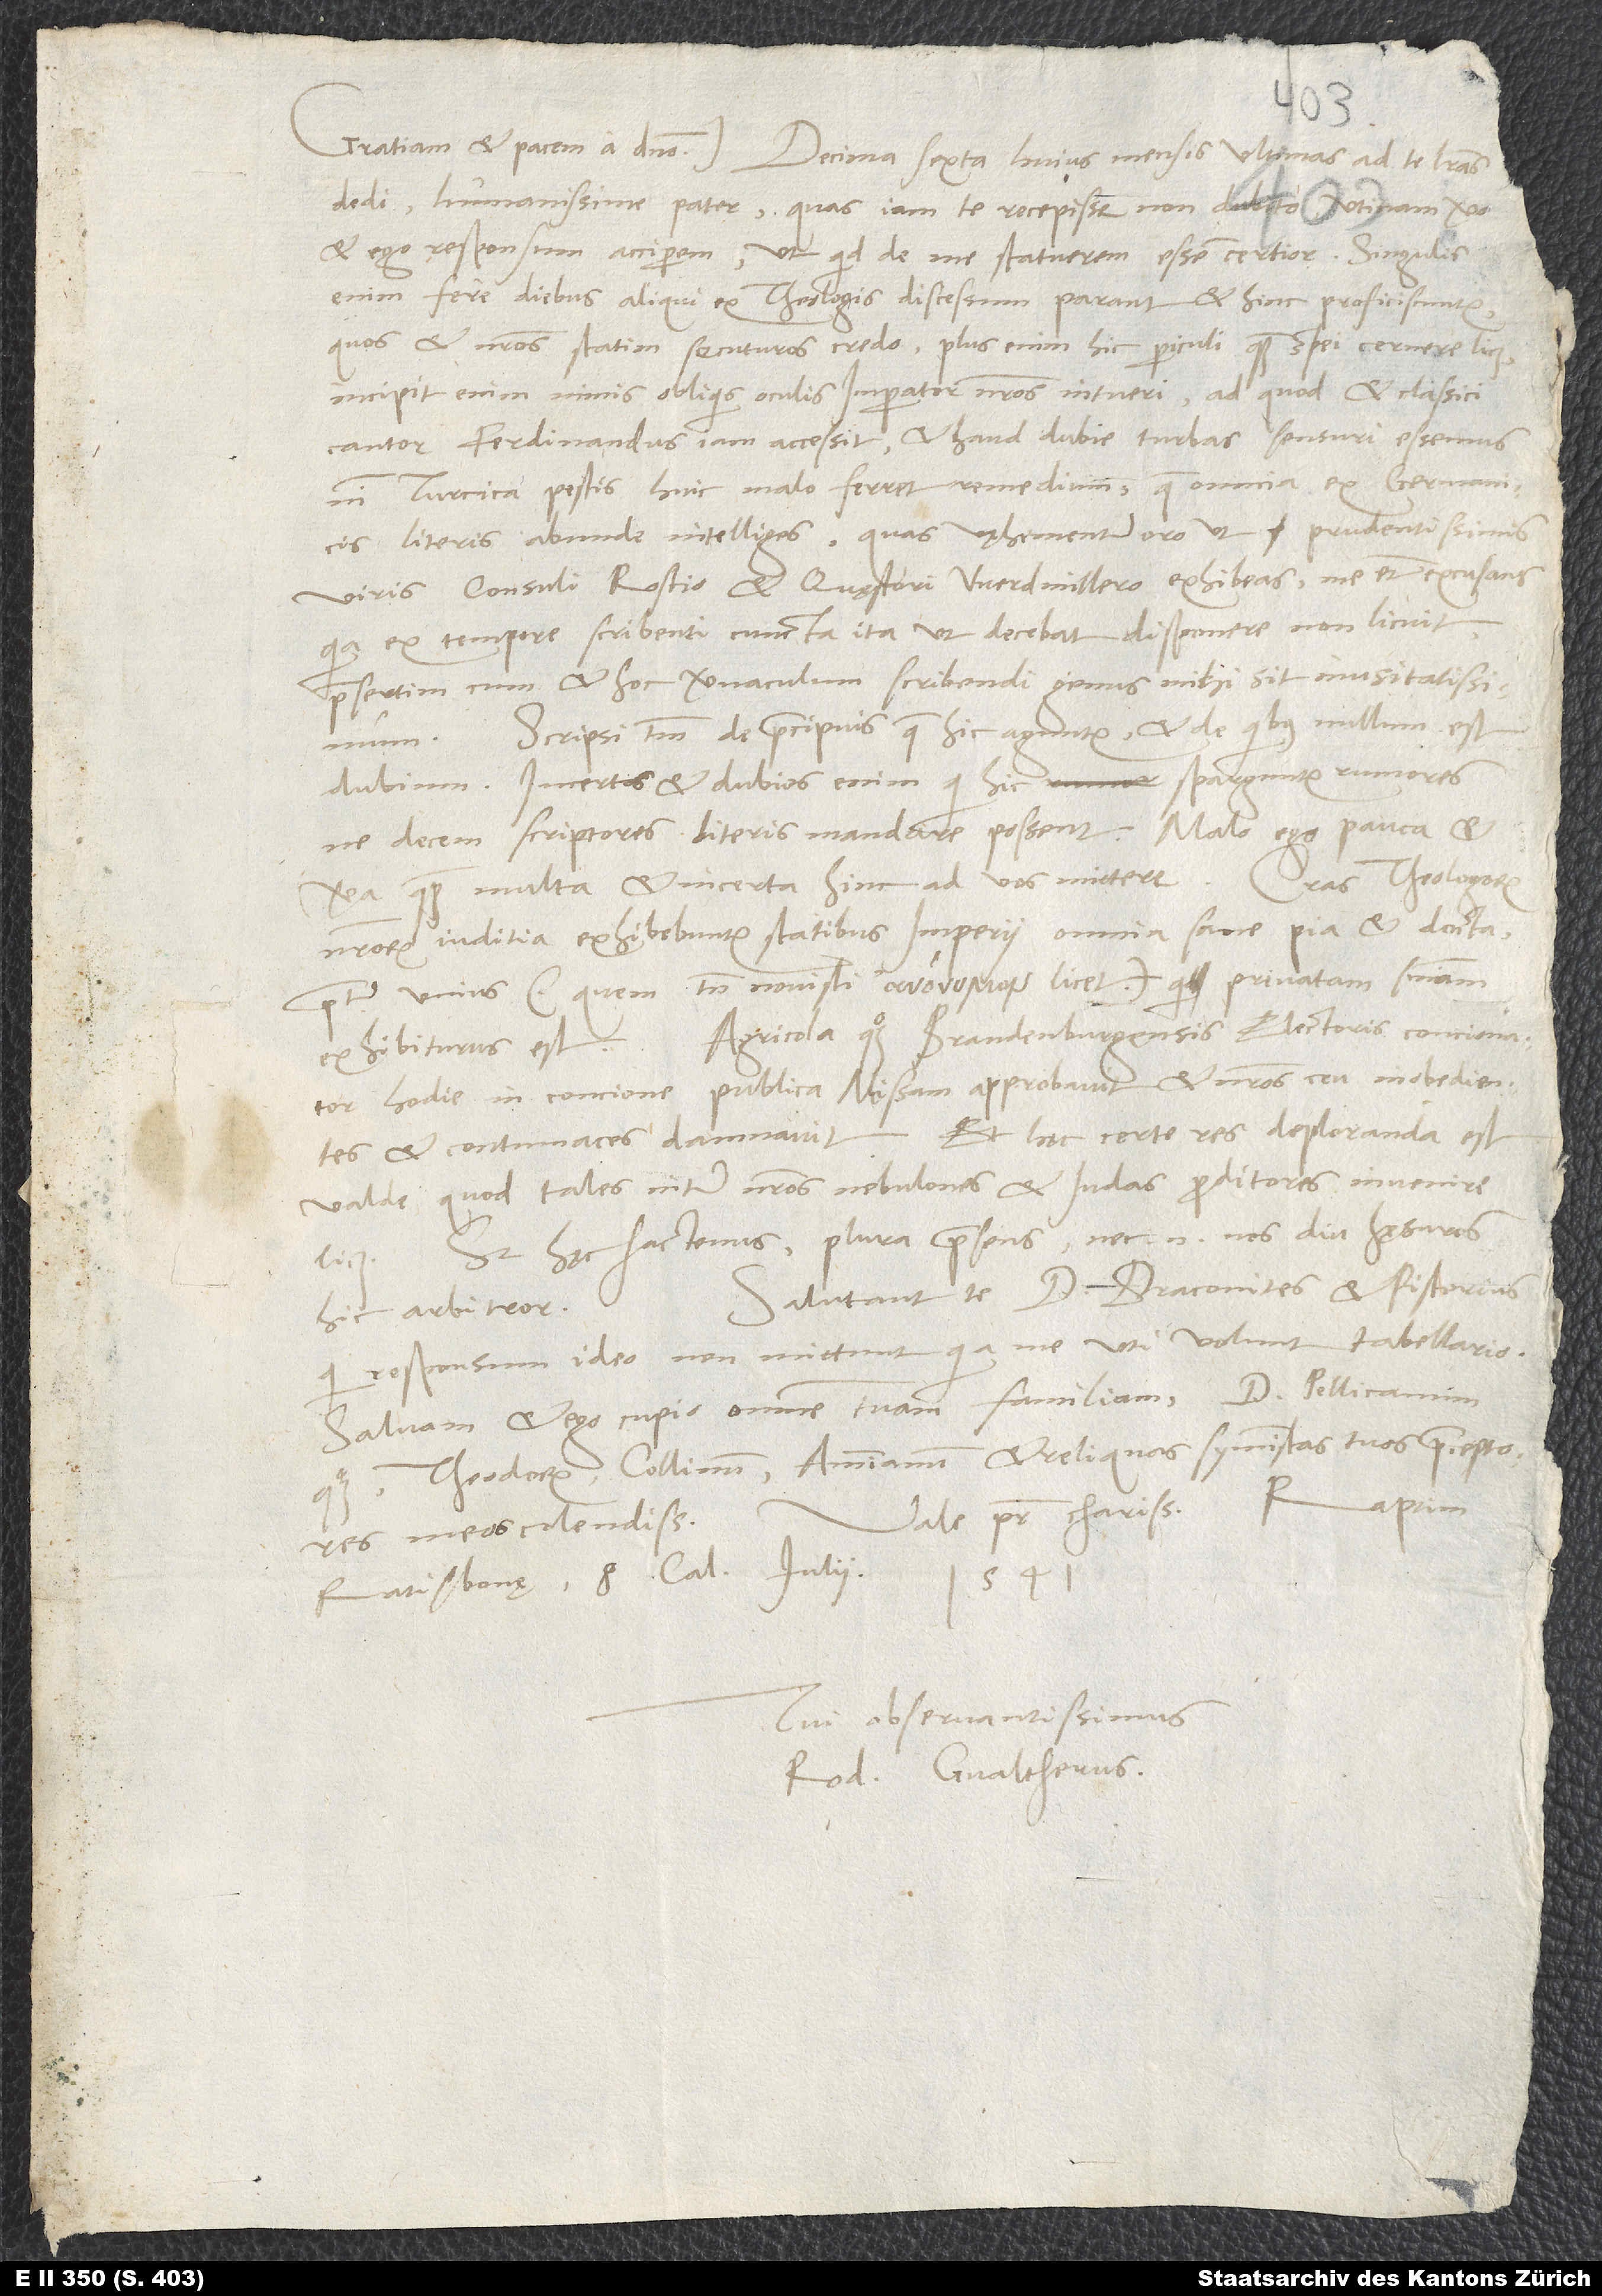
dedi, humanissime pater, quas iam te recepisse non dubito. Utinam vero
et ego responsum acciperem, ut, quid de me statuerem, essem certior! Singulis
enim fere diebus aliqui ex theologis discessum parant et hinc proficiscuntur,
quos et nostros statim secuturos credo. Plus enim hic periculi quam spei cernere licet;
incipit enim nimis obliquis oculis imperator nostros intueri, ad quod et classici
cantor Ferdinandus iam accessit, et haud dubie turbas sensuri essemus,
nisi Turcica pestis huic malo ferret remedium, quae omnia ex Germanicis
literis abunde intelliges. Quas vęhementer oro, ut prudentissimis
viris consuli Rostio et quęstori Werdmillero exhibeas me etiam excusans,
quia ex tempore scribenti cuncta ita, ut decebat, disponere non licuit,
praesertim cum et hoc vernaculum scribendi genus mihi sit inusitatissimum.
Scripsi tantum de praecipuis, quae hic aguntur, et de quibus nullum est
dubium. Incertos et dubios enim, qui hic sparguntur rumores,
ne decem scriptores literis mandare possent. Malo ego pauca et
Cras theologorum
vera quam multa et incerta hinc ad vos mittere.
nostrorum iuditia exhibebuntur statibus imperii, omnia sane pia et docta
praeter unius (quem tamen novisti licet), qui privatam sententiam
exhibiturus est. Agricola quoque, Brandenburgensis electoris concionator,
hodie in concione publica missam approbavit et nostros ceu inobedientes
et contumaces damnavit. Et hęc certe res deploranda est
valde, quod tales inter nostros nebulones et Iudas proditores invenire
Sed hęc hactenus, plura praesens; nec enim nos diu hęsuros
Salutant te d. Draconites et Pistorius,
hic arbitror.
qui responsum ideo non mittunt, quia me uti volunt tabellario.
Salvam et ego cupio omnem tuam familiam, d. Pellicanum
quoque, Theodorum, Collinum, Ammianum et reliquos symmistas tuos, praeceptores
Raptim,
Vale, pater charissime.
meos colendissimos.
Ratisbonę, 8. calendas iulii
Tui observantissimus
Rod. Gvaltherus.